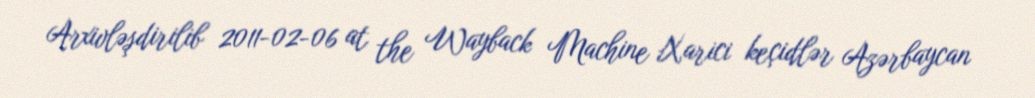
Arxivləşdirilib 2011-02-06 at the Wayback Machine Xarici keçidlər Azərbaycan